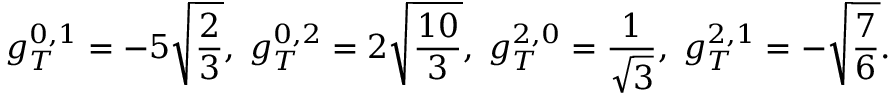
g _ { T } ^ { 0 , 1 } = - 5 \sqrt { \frac { 2 } { 3 } } , \; g _ { T } ^ { 0 , 2 } = 2 \sqrt { \frac { 1 0 } { 3 } } , \; g _ { T } ^ { 2 , 0 } = \frac { 1 } { \sqrt { 3 } } , \; g _ { T } ^ { 2 , 1 } = - \sqrt { \frac { 7 } { 6 } } .